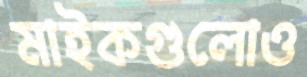
মাইকগুলোও